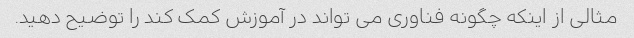
مثالی از اینکه چگونه فناوری می تواند در آموزش کمک کند را توضیح دهید.